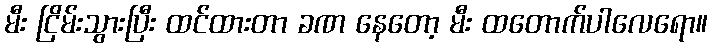
မီး ငြိမ်းသွားပြီး ထင်ထားတာ ခဏ နေတော့ မီး ထတောက်ပါလေရော။